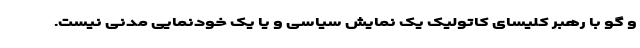
و گو با رهبر کلیسای کاتولیک یک نمایش سیاسی و یا یک خودنمایی مدنی نیست.